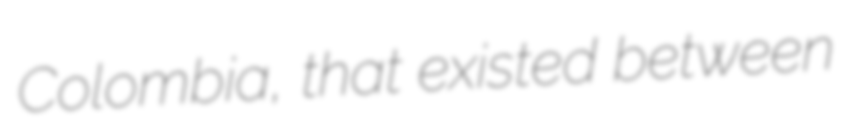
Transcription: Colombia, that existed between